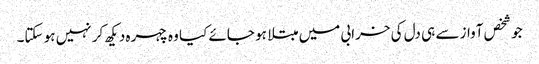
جو شخص آواز سے ہی دل کی خرابی میں مبتلا ہو جائے کیا وہ چہرہ دیکھ کر نہیں ہو سکتا۔